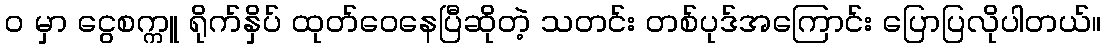
၀ မှာ ငွေစက္ကူ ရိုက်နှိပ် ထုတ်ဝေနေပြီဆိုတဲ့ သတင်း တစ်ပုဒ်အကြောင်း ပြောပြလိုပါတယ်။